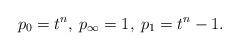
LaTeX: \begin{align*} p_0 = t^n, \: p_{\infty} = 1, \: p_1 = t^n - 1 .\end{align*}